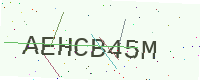
Text: AEHCB45M